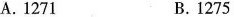
A.1271 B.1275